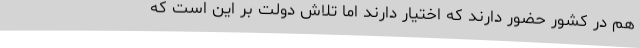
هم در کشور حضور دارند که اختیار دارند اما تلاش دولت بر این است که